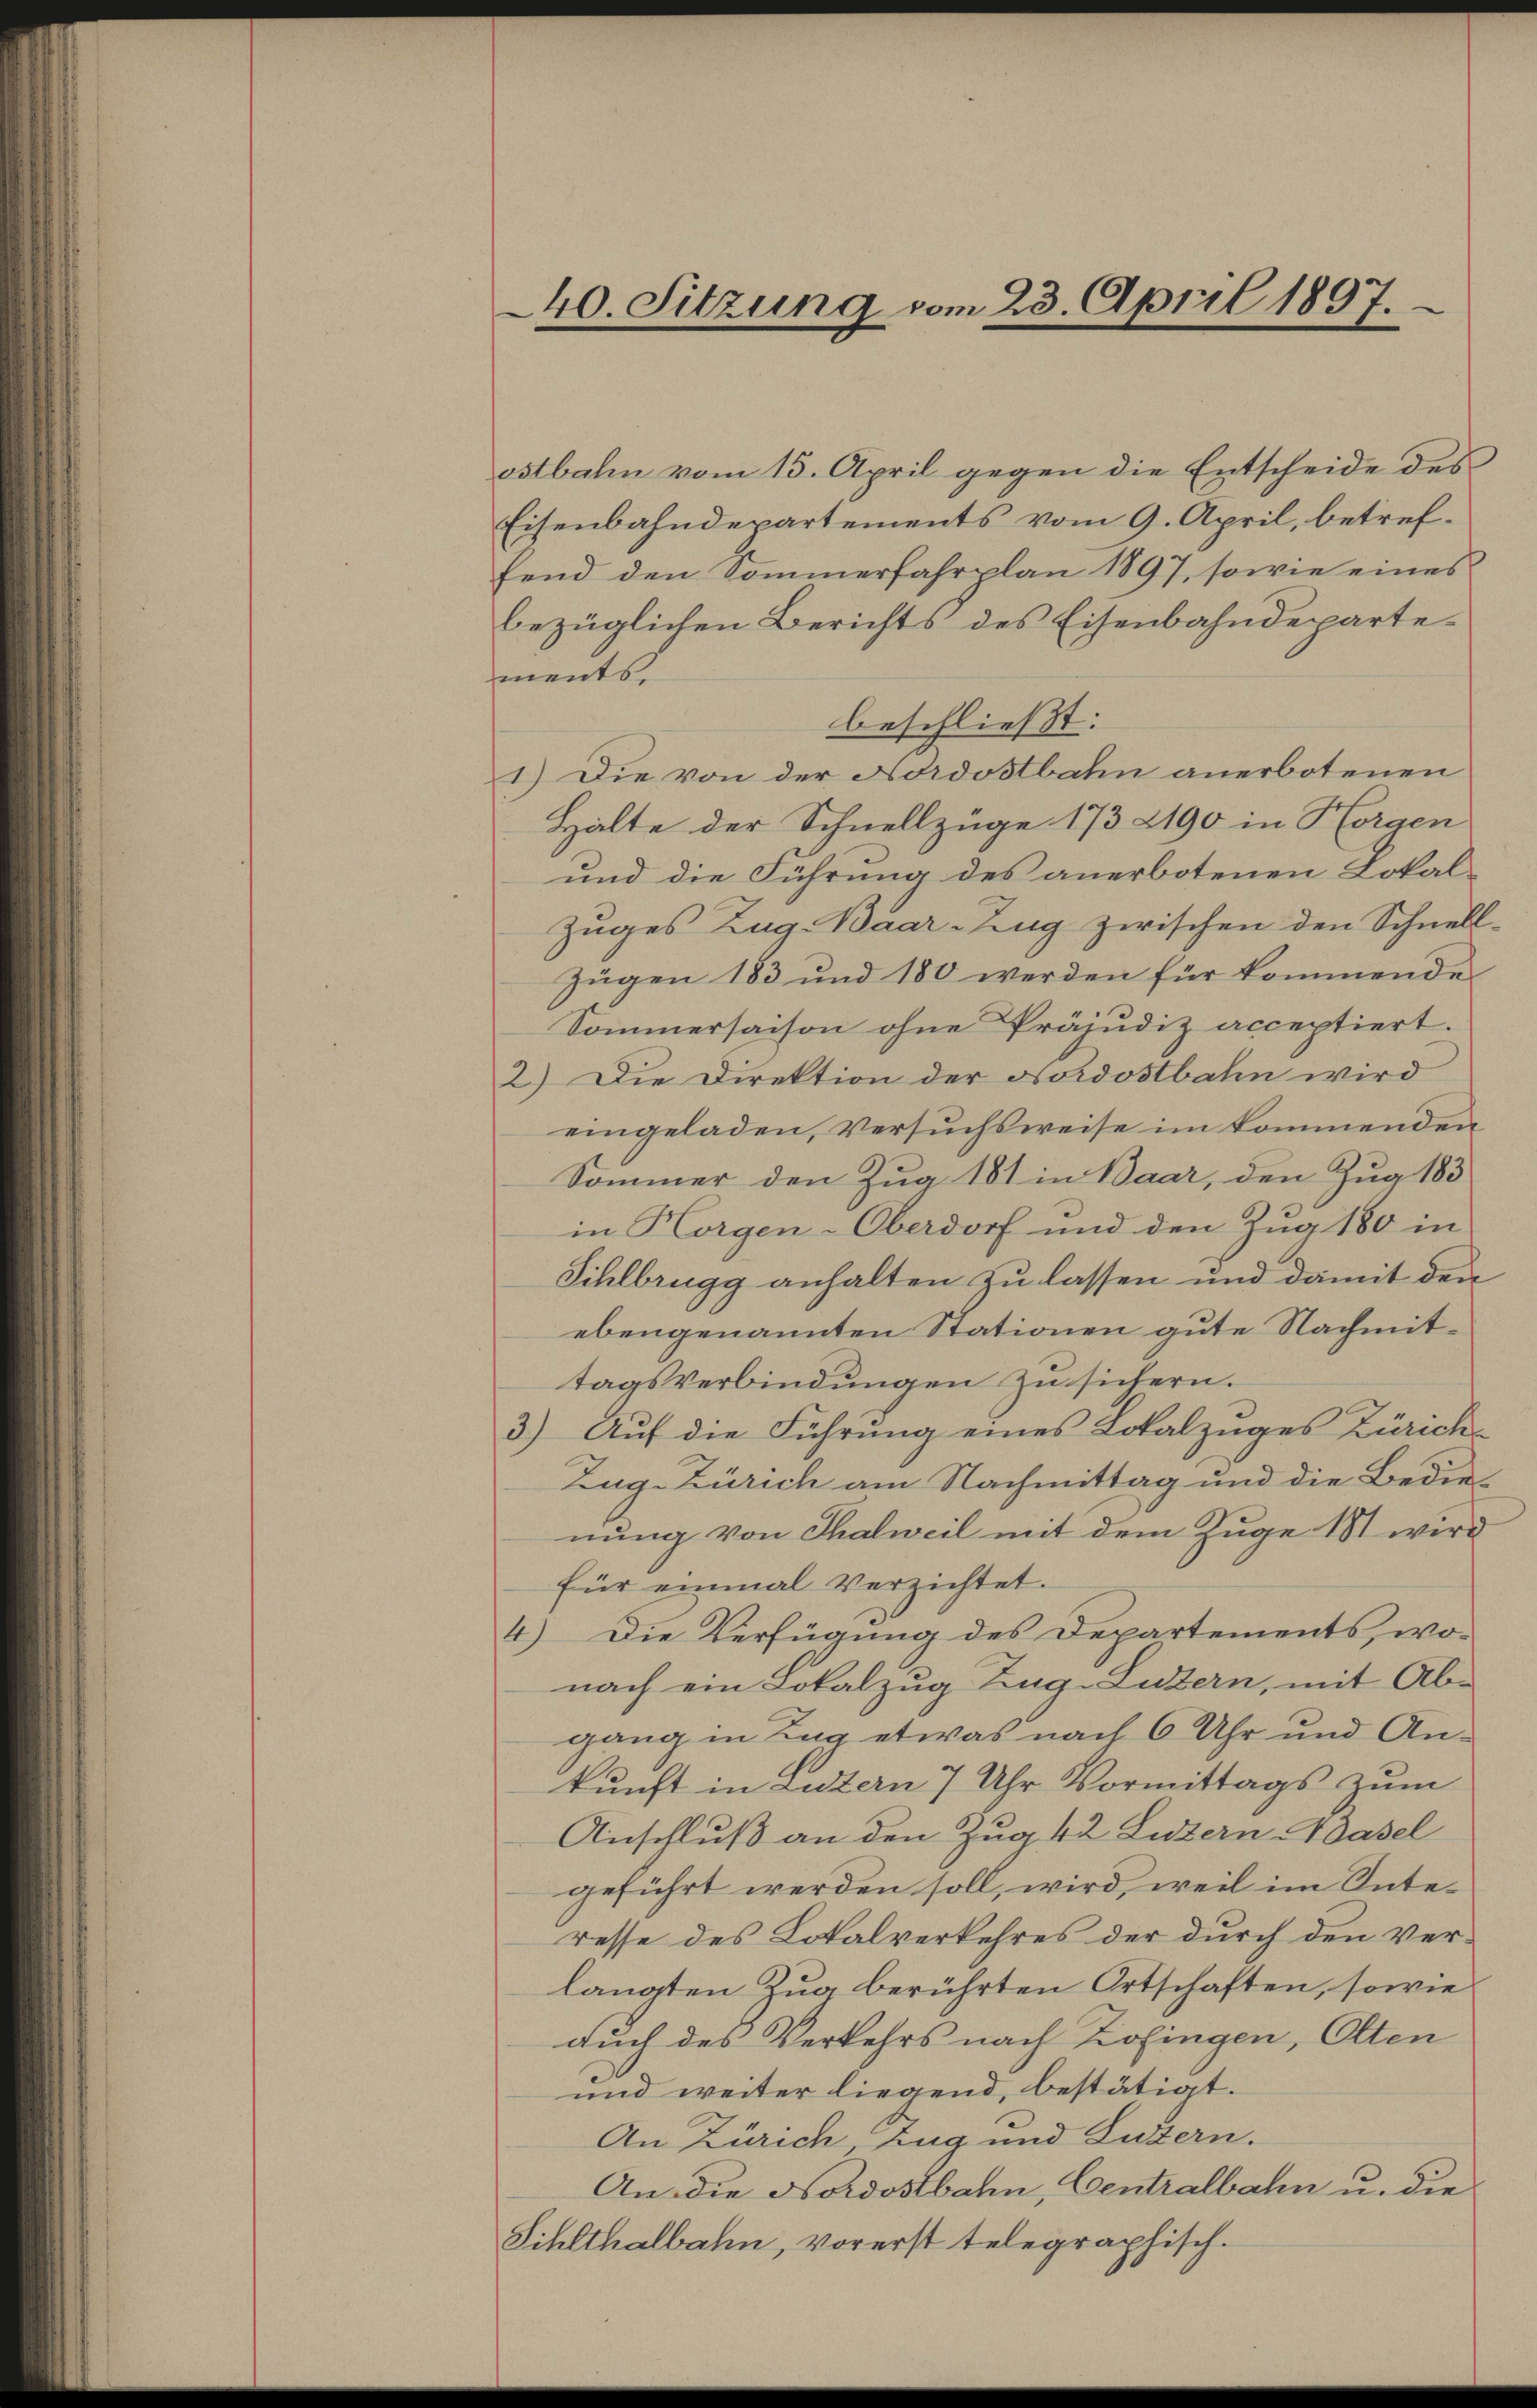
40. Sitzung vom 23. April 1807.

ostbahn vom 15. April gegen die Entscheide des
Eisenbahndepartements vom 9. April, betreffend den Sommerfahrplan 1897, sowie eines
bezüglichen Berichts des Eisenbahndepartements.
beschließt:
1.) Die von der Nordostbahn anerbotenen
Halte der Schnellzüge 173 2190 in Horgen
und die Führung des anerbotenen Lokal-
Zuges Zug. Baar-Zug zwischen den Schnell-
Zügen 183 und 180 werden für kommende
Sommersaison ohne Präjudiz acceptiert.
2.) Die Direktion der Nordostbahn wird
eingeladen, Versuchsweise im kommenden
Sommer den Zug 181 in Baar, den Zug 183
in Horgen-Oberdorf und den Zug 180 in
Sihlbrugg anhalten zu lassen und damit den
ebengenannten Stationen gute Nachmittagsverbindŭngen zu sichern.
3.) Auf die Führung eines Lokalzuges Zürich
Zug-Zürich am Nachmittag und die Bedienung von Thalweil mit dem Zuge 181 wird
für einmal verzichtet.
4) Die Verfügung des Departements, wo-
nach ein Lokalzug Zug-Luzern, mit Ab-
gang in Tag etwas nach 6 Uhr und An-
kunft in Luzern 7 Uhr Vormittags zum
Anschluß an den Zug 42 Luzern Adasel
geführt werden soll, wird, weil im Interesse des Lokalverkehres der durch den Verlangten Zug berührten Ortschaften, sowie
Auch des Verkehrs nach Zofingen, Olten
und weiter liegend, bestätigt.
An Zürich Zug und Luzern.
An die Nordostbahn, Centralbahn u. die
Sihlthalbahn, vorerst telegraphisch.